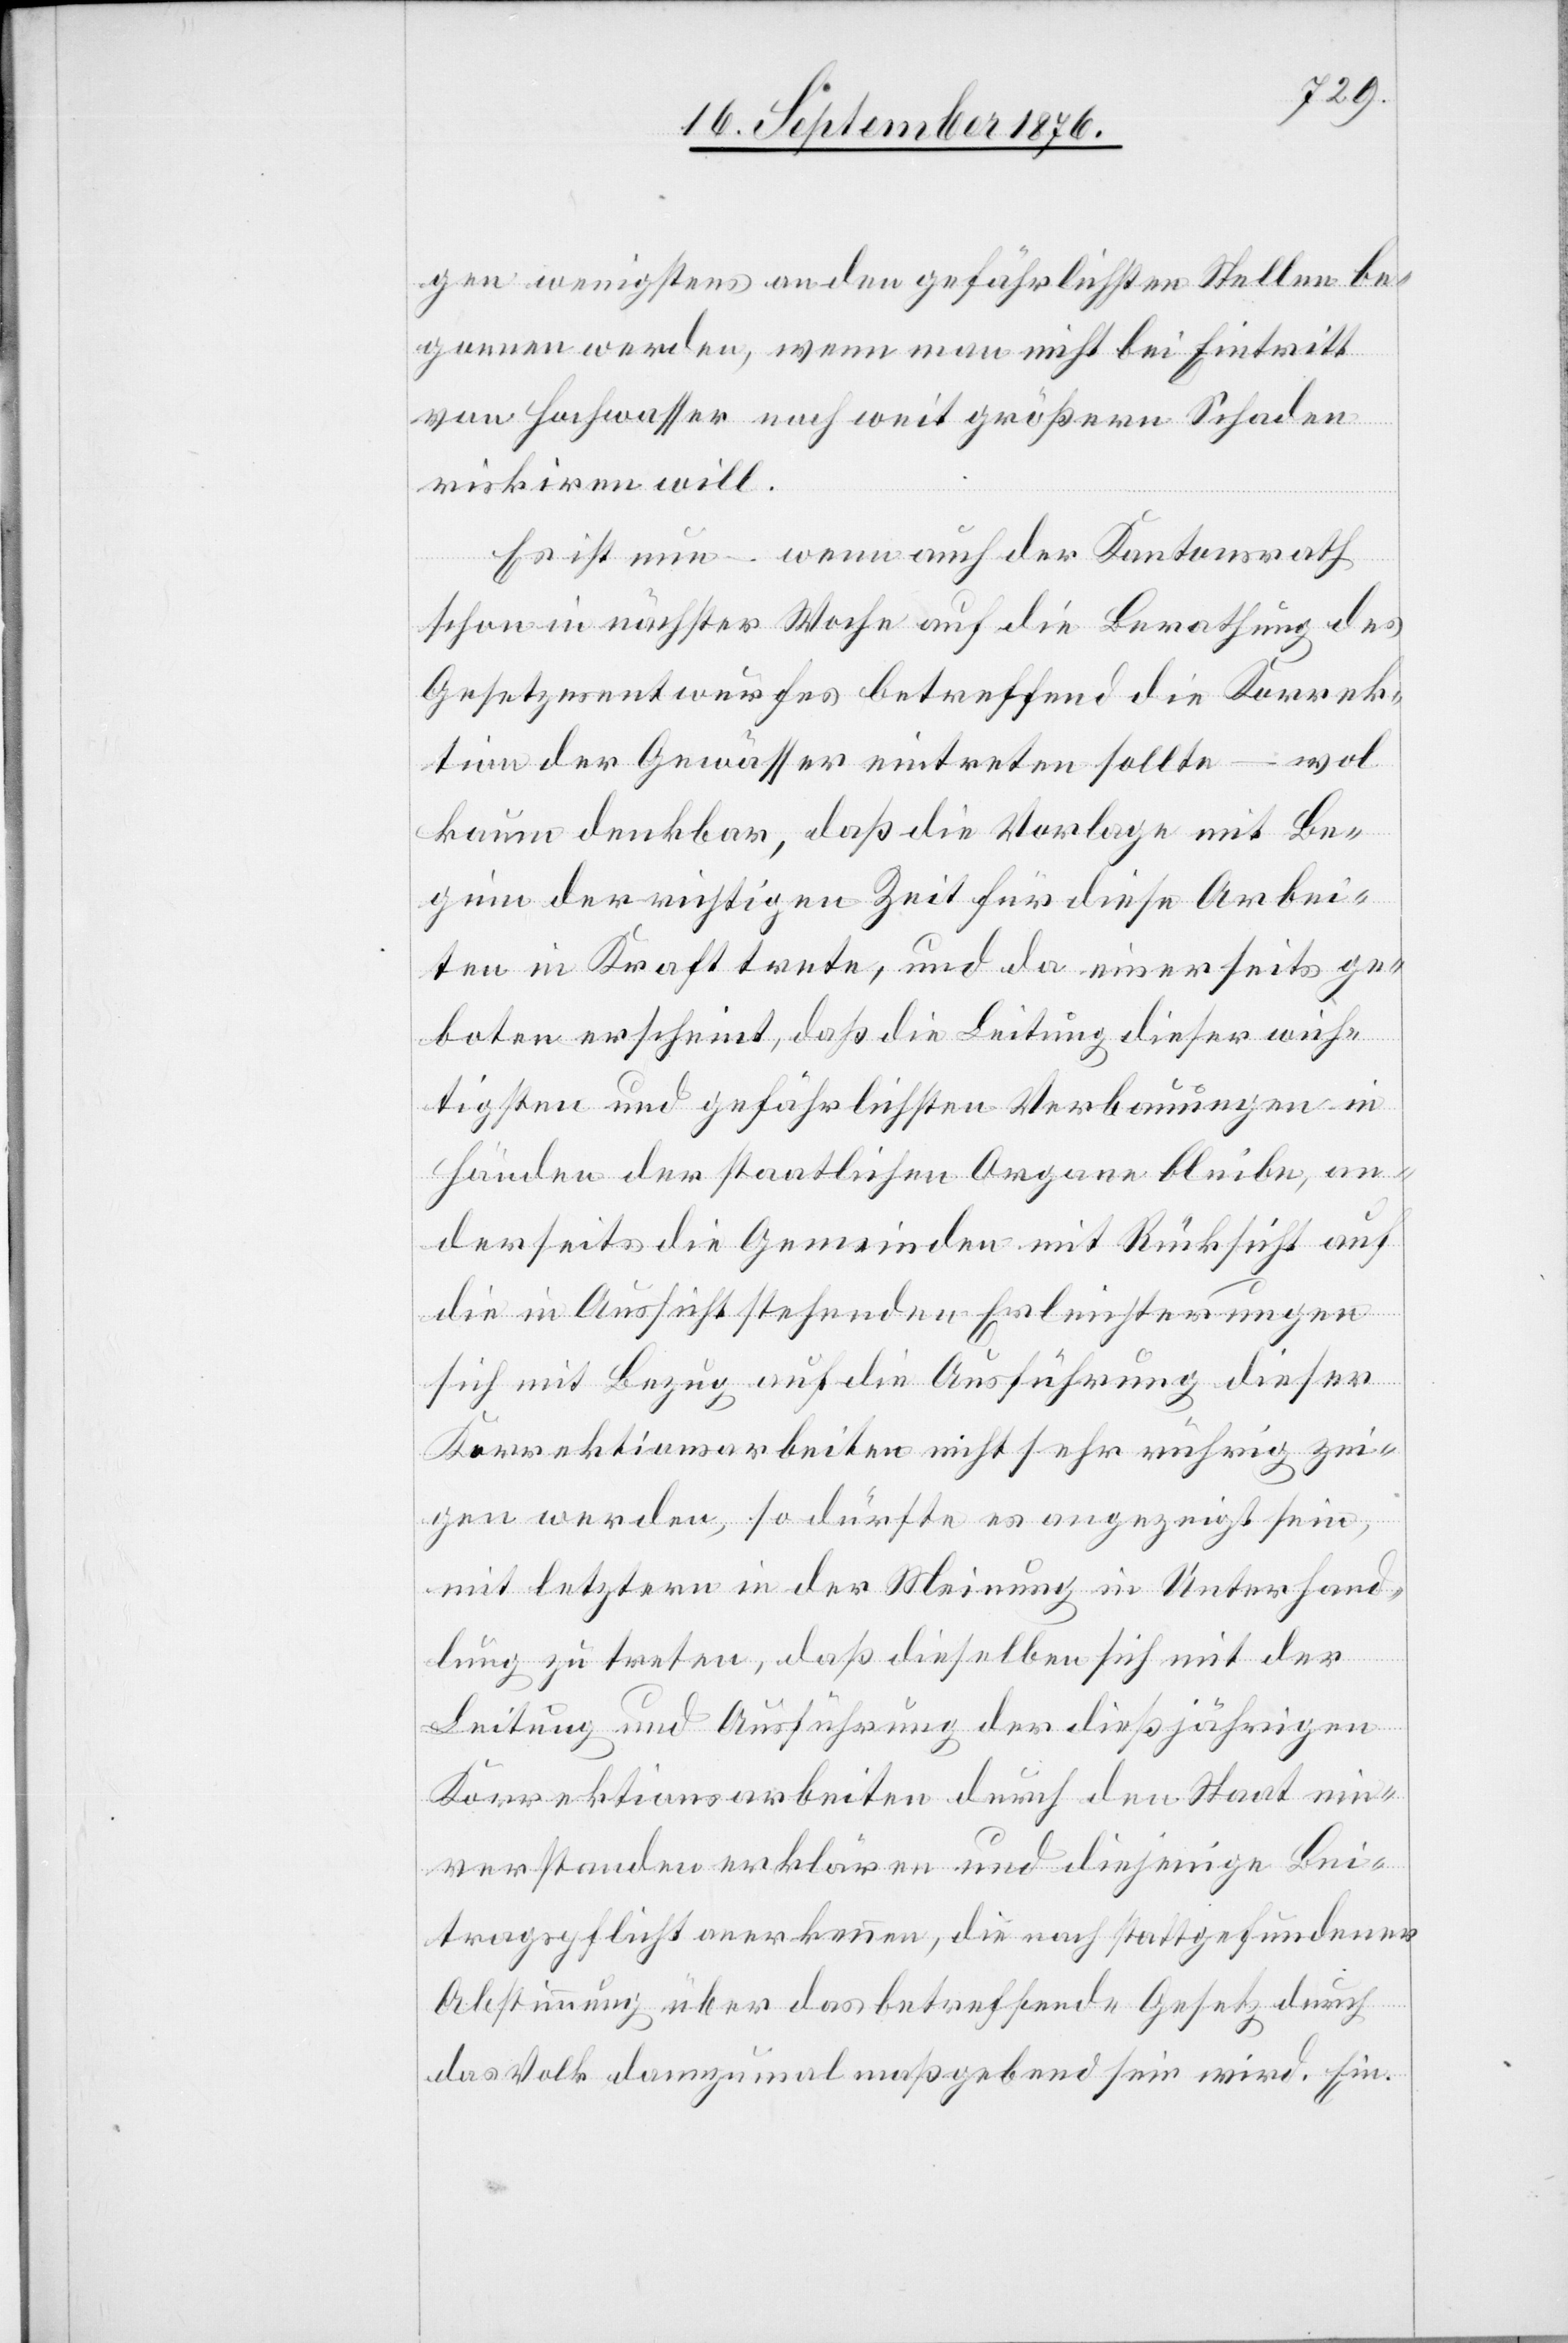
gen wenigstens an den gefährlichsten Stellen be¬
gonnen werden, wenn man nicht bei Eintritt
von Hochwasser noch weit größern Schaden
riskiren will.
Es ist nun – wenn auch der Kantonsrath
schon in nächster Woche auf die Berathung des
Gesetzesentwurfes betreffend die Korrek¬
tion der Gewässer eintreten sollte – wol
kaum denkbar, daß die Vorlage mit Be¬
ginn der richtigen Zeit für diese Arbei¬
ten in Kraft trete, und da einerseits ge¬
boten erscheint, daß die Leitung dieser wich¬
tigsten und gefährlichsten Verbauungen in
Händen der staatlichen Organe bleibe, an¬
derseits die Gemeinden mit Rücksicht auf
die in Aussicht stehenden Erleichterungen
sich mit Bezug auf die Ausführung dieser
Korrektionsarbeiten nicht sehr rührig zei¬
gen werden, so dürfte es angezeigt sein,
mit letztern in der Meinung in Unterhand¬
lung zu treten, daß dieselben sich mit der
Leitung und Ausführung der dießjährigen
Korrektionsarbeiten durch den Staat ein¬
verstanden erklären und diejenige Bei¬
tragspflicht anerkennen, die nach stattgefundener
Abstimmung über das betreffende Gesetz durch
das Volk dannzumal maßgebend sein wird. Ein